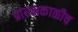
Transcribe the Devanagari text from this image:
प्रांरभकाळीच